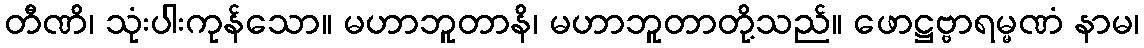
တီဏိ၊ သုံးပါးကုန်သော။ မဟာဘူတာနိ၊ မဟာဘူတာတို့သည်။ ဖောဋ္ဌဗ္ဗာရမ္မဏံ နာမ၊